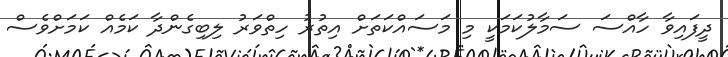
ދީފައިވާ ހާއްސަ ސަމާލުކަމަކީ މި މަސައްކަތަށް އިތުރު ހިތްވަރު ލިބިގެންދާ ކަމެއް ކަމަށްވެސް